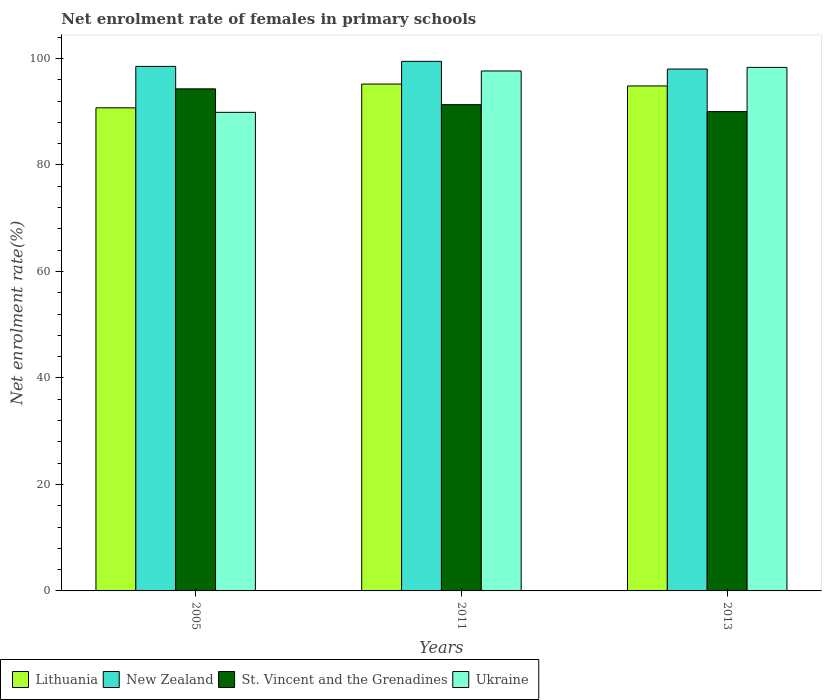
| Years | Lithuania | New Zealand | St. Vincent and the Grenadines | Ukraine |
 | --- | --- | --- | --- | --- |
 | 2005 | 90.7 | 98.5 | 94.3 | 89.9 |
 | 2011 | 95.2 | 99.5 | 91.3 | 97.7 |
 | 2013 | 94.8 | 98 | 90 | 98.3 |